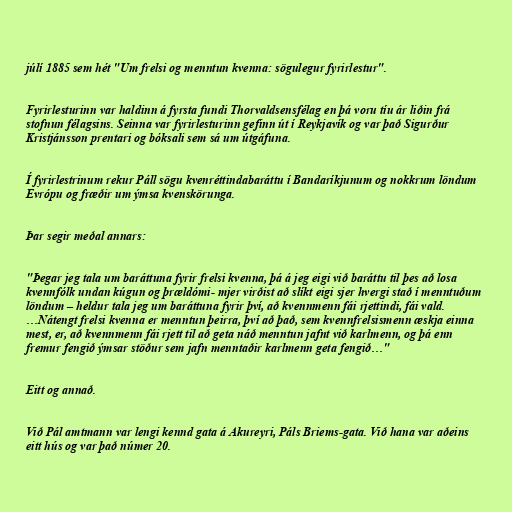
júlí 1885 sem hét "Um frelsi og menntun kvenna: sögulegur fyrirlestur".

Fyrirlesturinn var haldinn á fyrsta fundi Thorvaldsensfélag en þá voru tíu ár liðin frá
stofnun félagsins. Seinna var fyrirlesturinn gefinn út í Reykjavík og var það Sigurður
Kristjánsson prentari og bóksali sem sá um útgáfuna.

Í fyrirlestrinum rekur Páll sögu kvenréttindabaráttu í Bandaríkjunum og nokkrum löndum
Evrópu og fræðir um ýmsa kvenskörunga.

Þar segir meðal annars:

"Þegar jeg tala um baráttuna fyrir frelsi kvenna, þá á jeg eigi við baráttu til þes að losa
kvennfólk undan kúgun og þrældómi- mjer virðist að slíkt eigi sjer hvergi stað í menntuðum
löndum – heldur tala jeg um baráttuna fyrir því, að kvennmenn fái rjettindi, fái vald.
…Nátengt frelsi kvenna er menntun þeirra, því að það, sem kvennfrelsismenn æskja einna
mest, er, að kvennmenn fái rjett til að geta náð menntun jafnt við karlmenn, og þá enn
fremur fengið ýmsar stöður sem jafn menntaðir karlmenn geta fengið…"

Eitt og annað.

Við Pál amtmann var lengi kennd gata á Akureyri, Páls Briems-gata. Við hana var aðeins
eitt hús og var það númer 20.